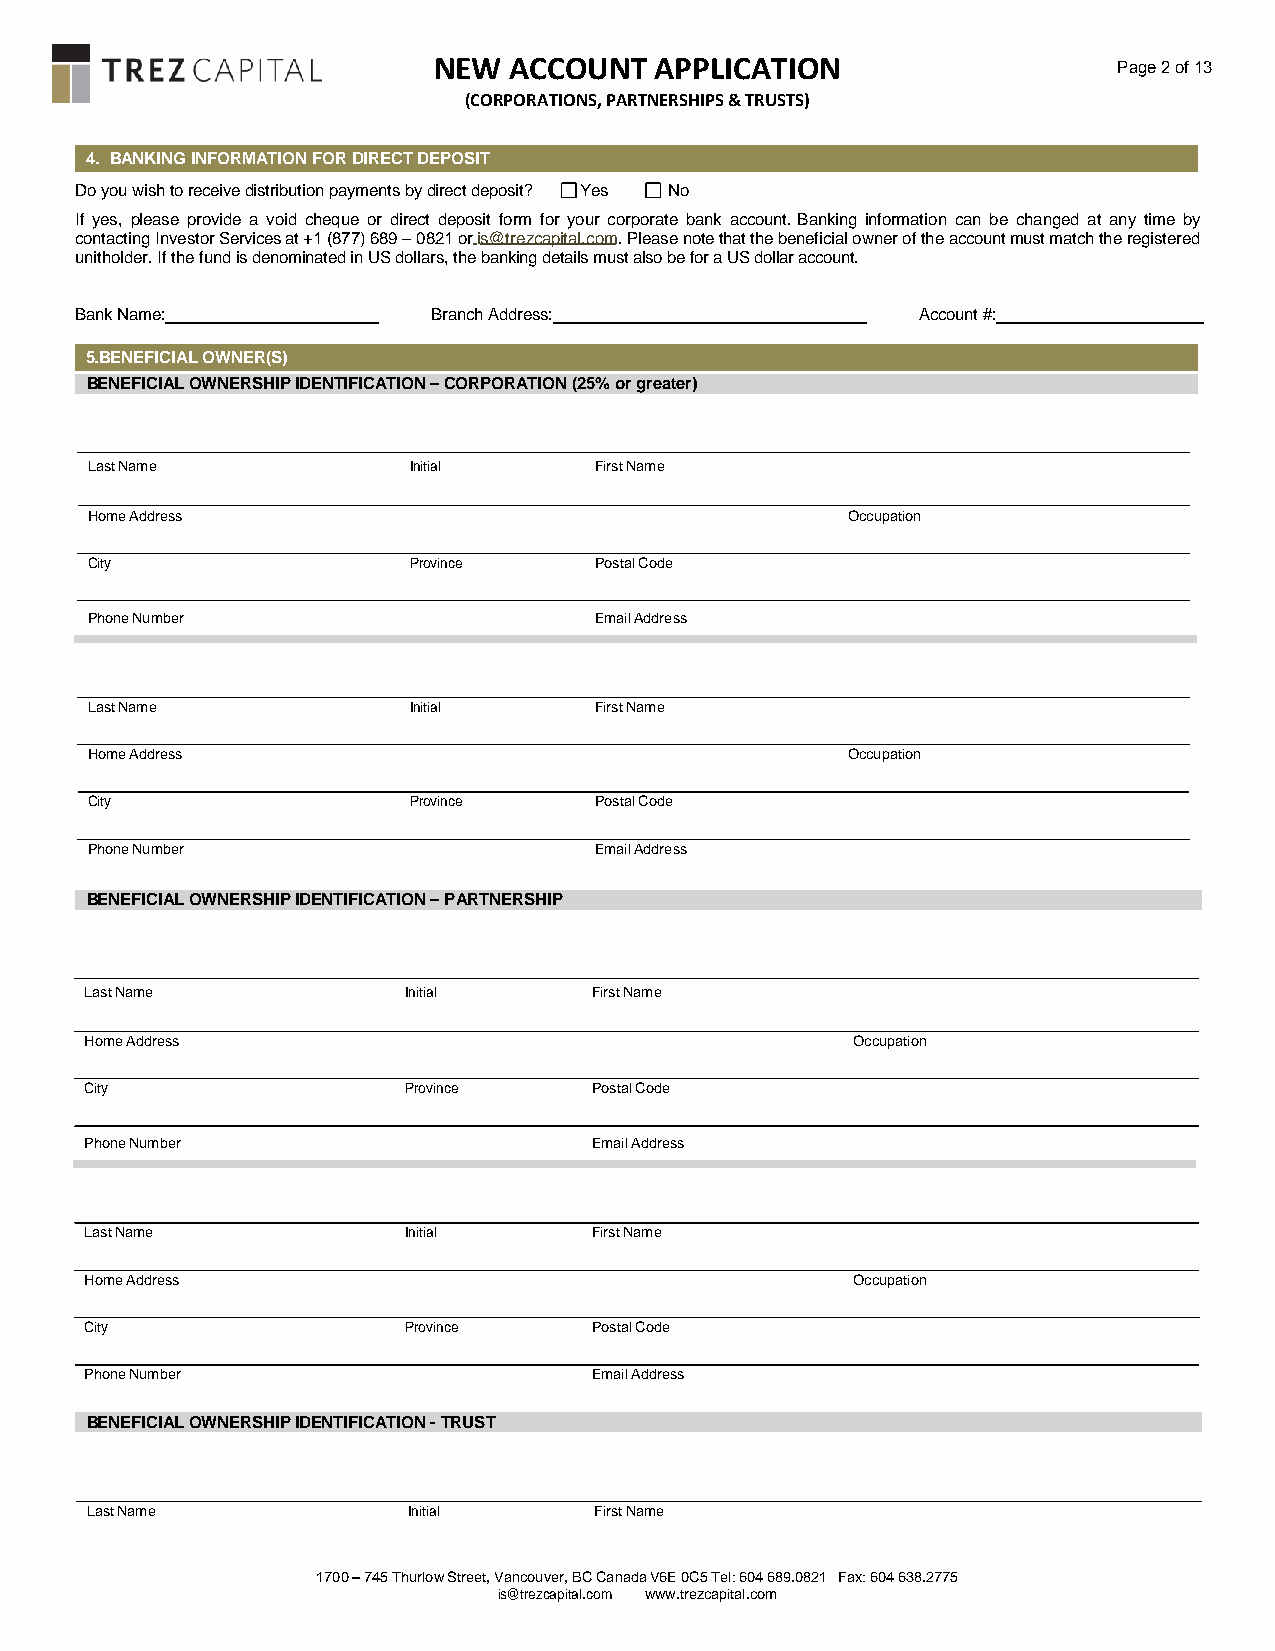
NEW  ACCOUNT  APPLICATION                    Page 2 of 13
 (CORPORATIONS, PARTNERSHIPS & TRUSTS)
 4. BANKING INFORMATION FOR DIRECT DEPOSIT
 Do you wish to receive distribution payments by direct deposit? Yes No
 If yes, please provide a void cheque or direct deposit form for your corporate bank account. Banking information can be changed at any time by
 contacting Investor Services at +1 (877) 689 – 0821 or is@trezcapital.com. Please note that the beneficial owner of the account must match the registered
 unitholder. If the fund is denominated in US dollars, the banking details must also be for a US dollar account.
 Bank Name:              Branch Address:                 Account #:
 5.BENEFICIAL OWNER(S)
 BENEFICIAL OWNERSHIP IDENTIFICATION – CORPORATION (25% or greater)
 Last Name            Initial     First Name
 Home Address                                      Occupation
 City                 Province    Postal Code
 Phone Number                     Email Address
 Last Name            Initial     First Name
 Home Address                                      Occupation
 City                 Province    Postal Code
 Phone Number                     Email Address
 BENEFICIAL OWNERSHIP IDENTIFICATION – PARTNERSHIP
 Last Name            Initial     First Name
 Home Address                                      Occupation
 City                 Province    Postal Code
 Phone Number                     Email Address
 Last Name            Initial     First Name
 Home Address                                      Occupation
 City                 Province    Postal Code
 Phone Number                     Email Address
 BENEFICIAL OWNERSHIP IDENTIFICATION - TRUST
 Last Name            Initial     First Name
 1700 – 745 Thurlow Street, Vancouver, BC Canada V6E 0C5 Tel: 604 689.0821 Fax: 604 638.2775
 is@trezcapital.com www.trezcapital.com